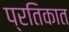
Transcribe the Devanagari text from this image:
प्रतिकात